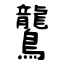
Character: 鸗